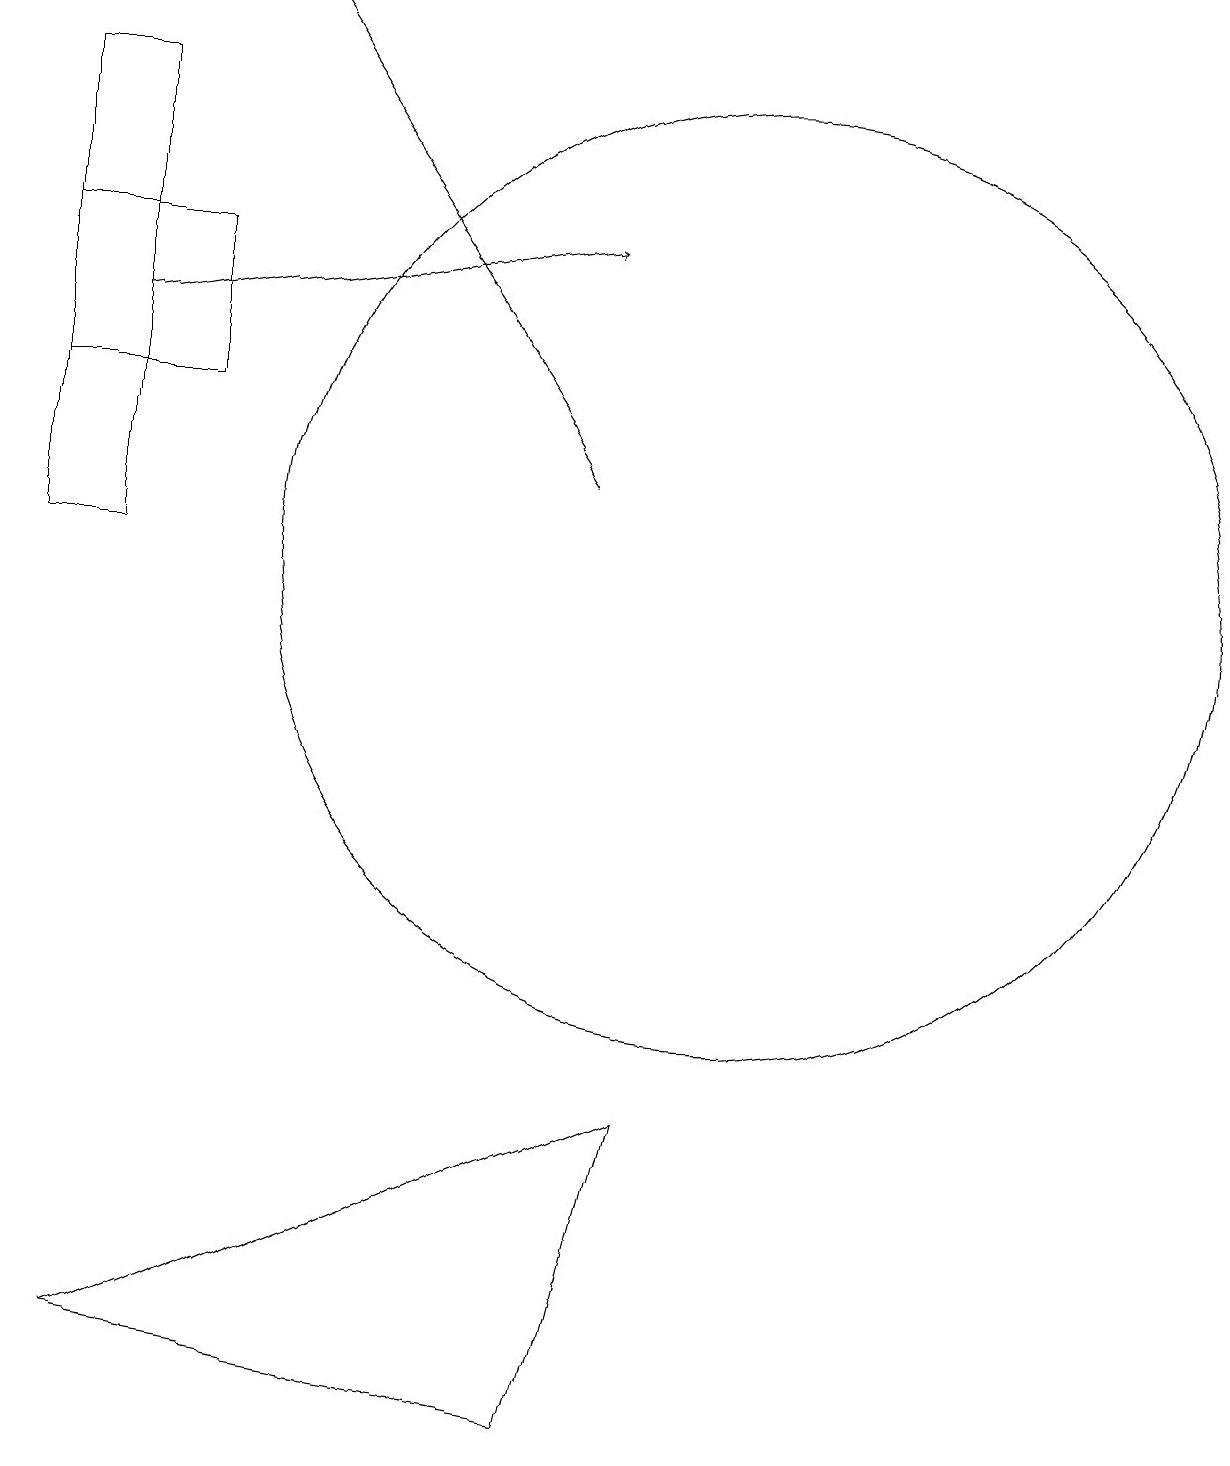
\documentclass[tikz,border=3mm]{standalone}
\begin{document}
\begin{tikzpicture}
\draw[->] (2,14) -- (8,15);
\draw[->] (8,12) -- (4,18);
\draw (10,11) circle (6);
\draw (2,17) rectangle (1,11);
\draw (1,15) rectangle (3,13);
\draw (9,4) -- (8,0) -- (2,1) -- cycle;
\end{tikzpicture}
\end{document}